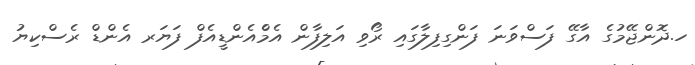
ހ.ދޮންޖޭމުގެ އާގޭ ފަސްވަނަ ފަންގިފިލާގައި ރޯވި އަލިފާން އެމްެއެންޑީއެފް ފަޔަރ އެންޑް ރެސްކިޔު